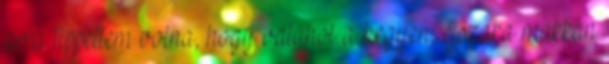
arra tippeltem volna, hogy valahol a hegyen, éjszaka makkan